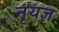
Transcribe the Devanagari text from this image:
नृयज्ञ